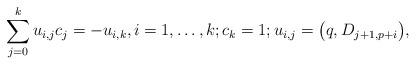
LaTeX: \begin{align*} \sum^k_{j=0}u_{i,j}c_j=-u_{i,k},i=1,\ldots,k;c_k=1;u_{i,j}=\big(q,D_{j+1,p+i}\big),\end{align*}